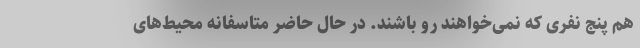
هم پنج نفری که نمی‌خواهند رو باشند. در حال حاضر متاسفانه محیط‌های